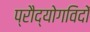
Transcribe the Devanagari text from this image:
प्रौद्योगविदों